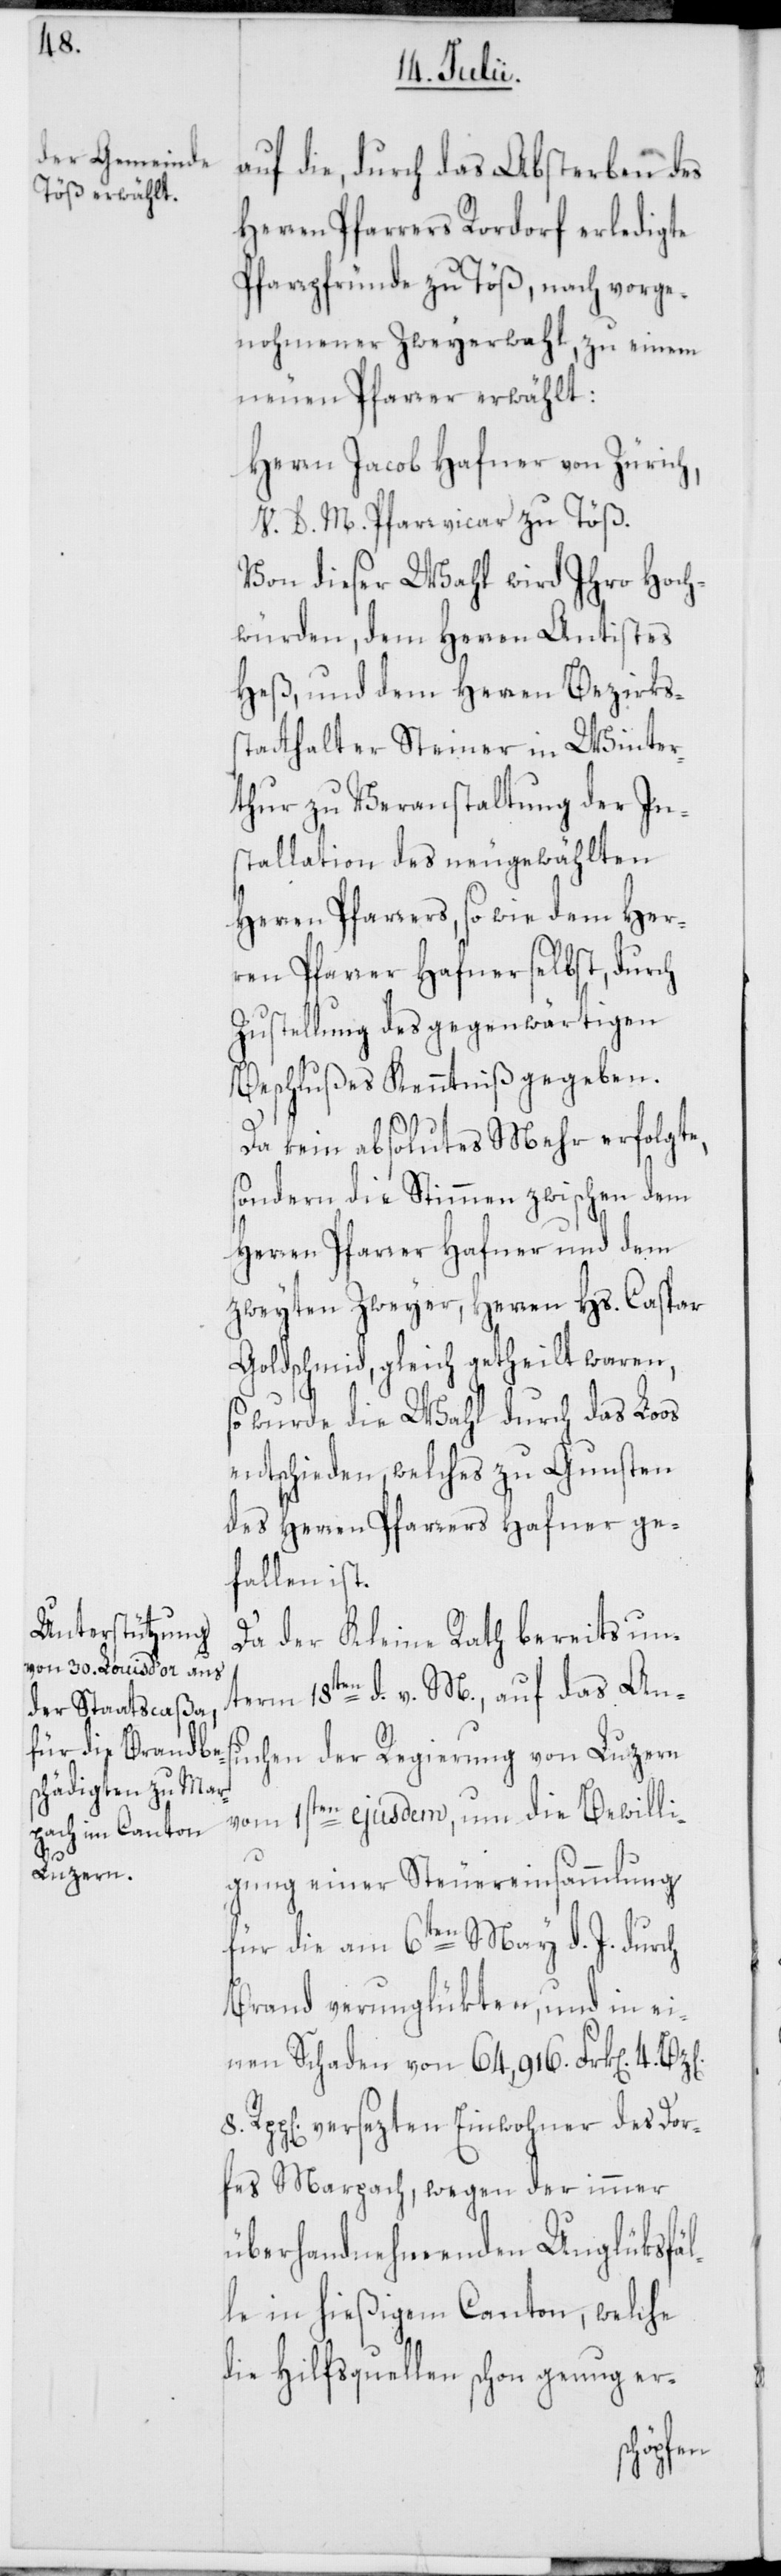
8.

auf die, durch das Absterben des
Herren Pfarrers Rordorf erledigte
Pfarrpfründe zu Töß, nach vorge¬
nohmener Zweyerwahl, zu einem
neuen Pfarrer erwählt:
Herrn Jacob Hafner von Zürich,
V. D. M. Pfarrvicar zu Töß.
Von dieser Wahl wird Ihro Hoch¬
würden, dem Herren Antistes
Heß, und dem Herren Bezirks¬
statthalter Steiner in Winter¬
thur zu Veranstaltung der In¬
stallation des neugewählten
Herren Pfarrers, so wie dem Her¬
ren Pfarrer Hafner selbst, durch
Zustellung des gegenwärtigen
Beschlußes Kenntniß gegeben.
Da kein absolutes Mehr erfolgte,
sondern die Stimmen zwischen dem
Herren Pfarrer Hafner und dem
zweyten Zweyer, Herren Hs. Caspar
Goldschmid, gleich getheilt waren,
so wurde die Wahl durch das Loos
entschieden, welches zu Gunsten
des Herren Pfarrers Hafner ge¬
fallen ist.
Da der Kleine Rath bereits un¬
term 18ten d. v. M., auf das An¬
suchen der Regierung von Luzern
vom 1sten ejusdem, um die Bewilli¬
gung einer Steuereinsammlung
für die am 6ten May d. J. durch
Brand verunglükten, und in ei¬
nen Schaden von 64,916. Frk[en].
Rpp[en] versezten Einwohner des Dor¬
fes Marpach, wegen der immer
überhandnehmenden Unglüksfäl¬
le in hießigem Canton, welche
die Hilfsquellen schon genug er-